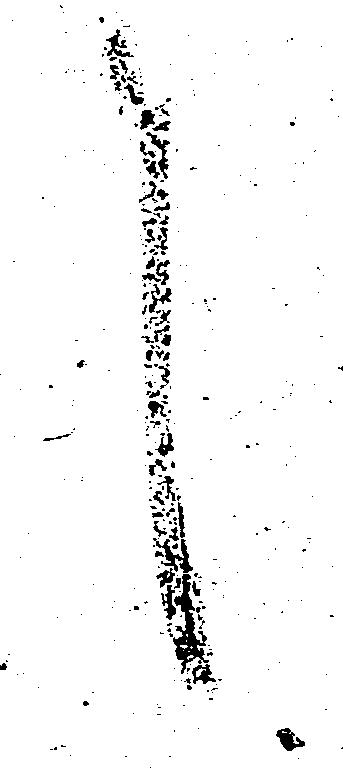
言